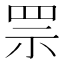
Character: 𦊎